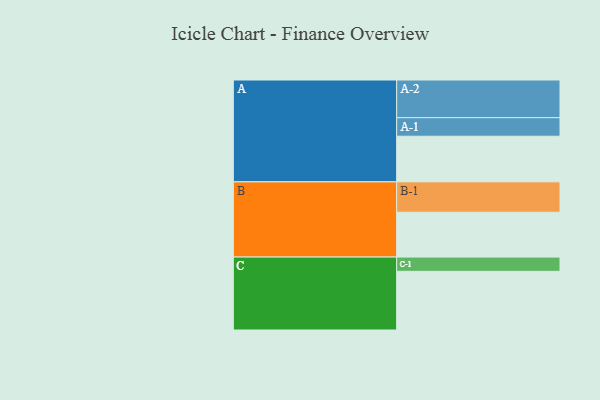
{"axis": {"x": "Segment", "y": "Value"}, "legend": ["", "A", "B", "C"], "data": [{"x": "A", "y": 339, "type": ""}, {"x": "B", "y": 333, "type": ""}, {"x": "C", "y": 436, "type": ""}, {"x": "A-1", "y": 138, "type": "A"}, {"x": "A-2", "y": 280, "type": "A"}, {"x": "B-1", "y": 226, "type": "B"}, {"x": "C-1", "y": 106, "type": "C"}]}